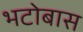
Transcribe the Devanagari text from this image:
भटोबास